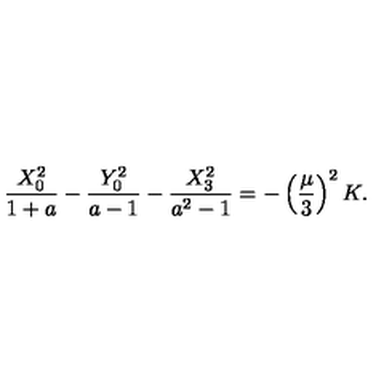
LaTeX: { \frac { X _ { 0 } ^ { 2 } } { 1 + a } } - { \frac { Y _ { 0 } ^ { 2 } } { a - 1 } } - { \frac { X _ { 3 } ^ { 2 } } { a ^ { 2 } - 1 } } = - \left( { \frac { \mu } { 3 } } \right) ^ { 2 } K .